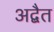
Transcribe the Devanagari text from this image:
अद्बैत